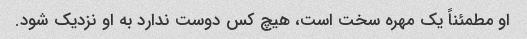
او مطمئناً یک مهره سخت است، هیچ کس دوست ندارد به او نزدیک شود.